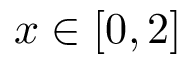
x \in [ 0 , 2 ]